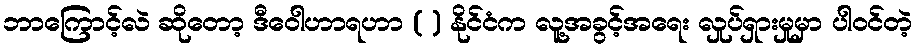
ဘာကြောင့်လဲ ဆိုတော့ ဒီဝေါဟာရဟာ ( ) နိုင်ငံက လူ့အခွင့်အရေး လှုပ်ရှားမှုမှာ ပါဝင်တဲ့